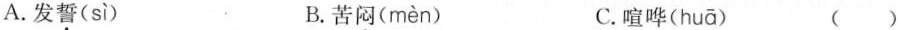
A.发誓( sì ) B.苦闷( mèn ) C.喧哗( huā ) ()